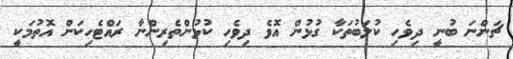
ޗަންނަ ބުނީ ދިވެހި ކުލަބުތަކާ ގުޅުން އޮވެ ދިވެހި ކުޅުންތެރިންނާ ރައްޓެހިކަން އޮތުމަކީ